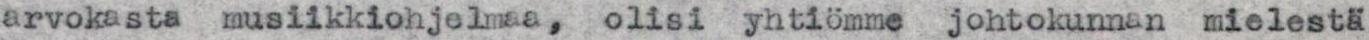
arvokasta musiikkiohjelmaa, olisi yhtiömme johtokunnan mielestä